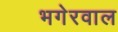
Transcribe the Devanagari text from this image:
भगेरवाल